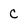
Character: C